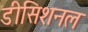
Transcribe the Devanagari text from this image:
डीसिशनल